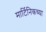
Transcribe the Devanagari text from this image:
मार्टिनिकच्या